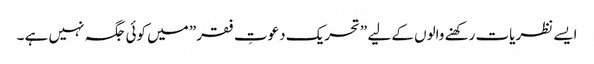
ایسے نظریات رکھنے والوں کے لیے ”تحریک دعوتِ فقر” میں کوئی جگہ نہیں ہے ۔